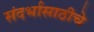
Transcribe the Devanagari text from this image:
संदर्भासाठीचे